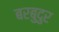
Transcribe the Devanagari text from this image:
बरबुदुर